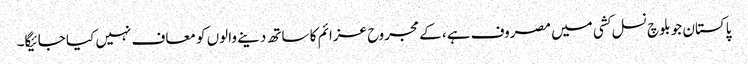
پاکستان جو بلوچ نسل کشی میں مصروف ہے، کے مجروح عزائم کا ساتھ دینے والوں کو معاف نہیں کیا جائیگا۔